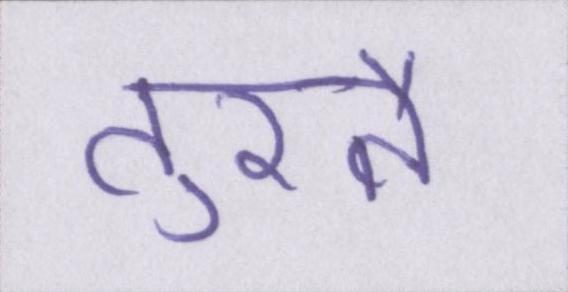
तुरतै